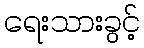
ရေးသားခွင့်